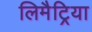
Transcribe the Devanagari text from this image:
लिमैट्रिया